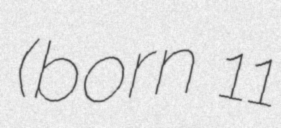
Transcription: (born 11